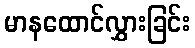
မာနထောင်လွှားခြင်း